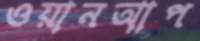
ওয়ানআপ